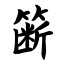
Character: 簖